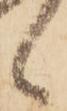
候